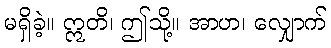
မရှိခဲ့။ ဣတိ၊ ဤသို့။ အာဟ၊ လျှောက်